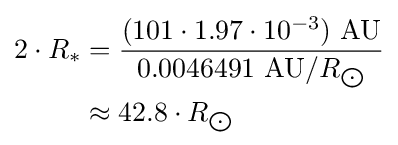
{\begin{aligned}2\cdot R_{*}&={\frac {(101\cdot 1.97\cdot 10^{-3})\ {\text{AU}}}{0.0046491\ {\text{AU}}/R_{\bigodot }}}\\&\approx 42.8\cdot R_{\bigodot }\end{aligned}}